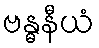
ဗန္ဓနီယံ